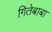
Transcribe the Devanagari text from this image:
गितेबाबा